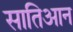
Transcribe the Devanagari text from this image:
सातिआन